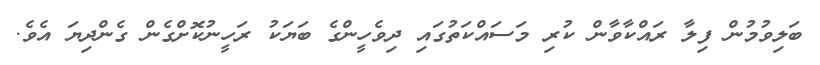
ބަލިވުމުން ފިލާ ރައްކާވާން ކުރި މަސައްކަތުގައި ދިވެހީންގެ ބަޔަކު ރަހީނުކޮށްގެން ގެންދިޔަ އެވެ.